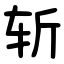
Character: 斩